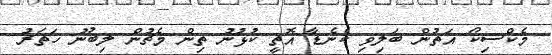
މެކްސިކޯ އަތުން ބަލިވި ކެނެޑާ އޮތީ ކުޅުނު ތިން މެޗުން ލިބުނު ހަތަރު